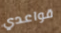
قواعدي